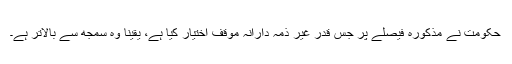
حکومت نے مذکورہ فیصلے پر جس قدر غیر ذمہ دارانہ موقف اختیار کیا ہے، یقینا وہ سمجھ سے بالاتر ہے۔